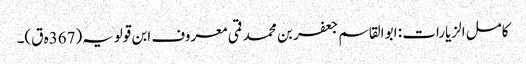
کامل الزیارات : ابو القاسم جعفر بن محمد قمی معروف ابن قولویہ(367ہ ق)۔